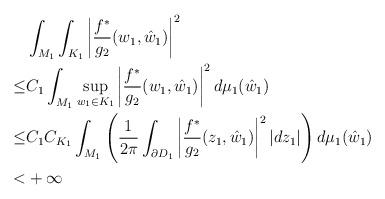
LaTeX: \begin{align*}&\int_{M_1}\int_{K_1}\left|\frac{f^*}{g_2}(w_1,\hat w_1)\right|^2 \\\le&C_1\int_{M_1}\sup_{w_1\in K_1}\left|\frac{f^*}{g_2}(w_1,\hat w_1)\right|^2d\mu_1(\hat w_1)\\\le& C_1C_{K_1}\int_{M_1}\left(\frac{1}{2\pi} \int_{\partial D_1}\left|\frac{f^*}{g_2}(z_1,\hat w_1)\right|^2|dz_1|\right)d\mu_1(\hat w_1)\\<&+\infty\end{align*}